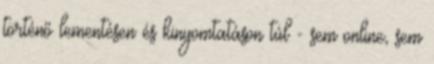
történő lementésen és kinyomtatáson túl - sem online, sem